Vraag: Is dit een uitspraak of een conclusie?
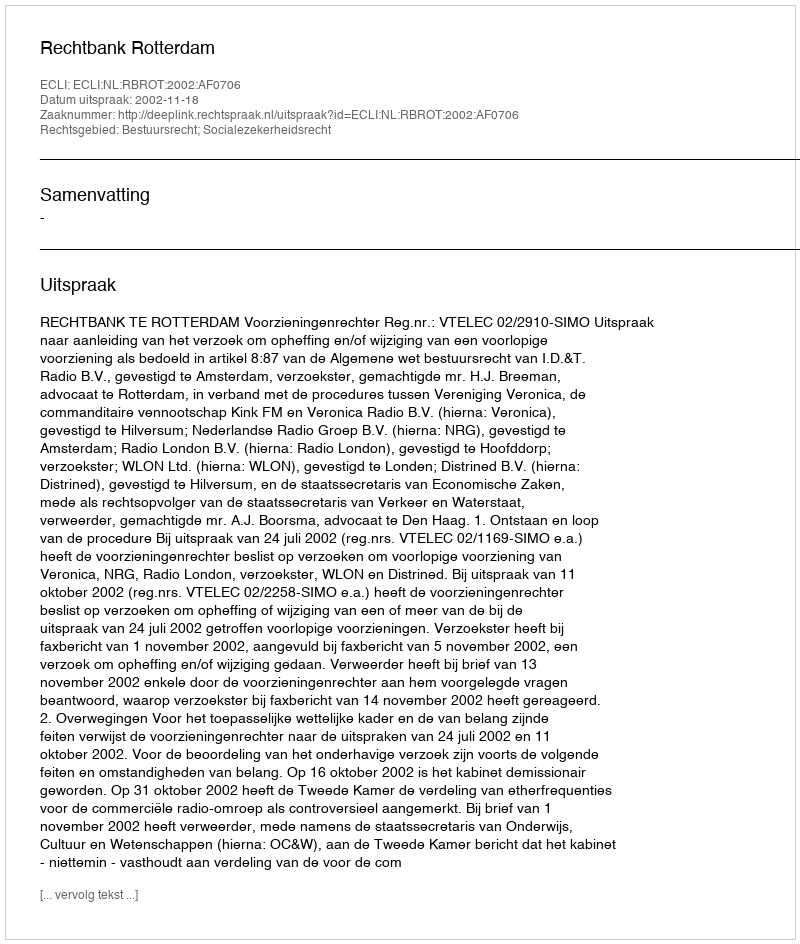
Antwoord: Uitspraak